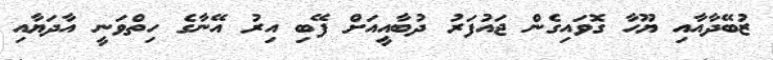
ޒުބޭދާއާއި ޔޫހާ ގޮވައިގެން ޖައުފަރު ދުބާއީއަށް ފޭބި އިރު އޭނާގެ ހިތްވަނީ އާދަޔާއި